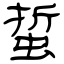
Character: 蜇